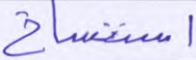
استنساخ